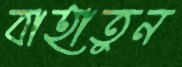
বাহাতুন